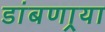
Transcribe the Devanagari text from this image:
डांबणार्‍या